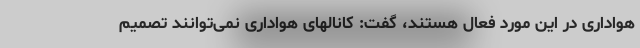
هواداری در این مورد فعال هستند، گفت: کانالهای هواداری نمی‌توانند تصمیم